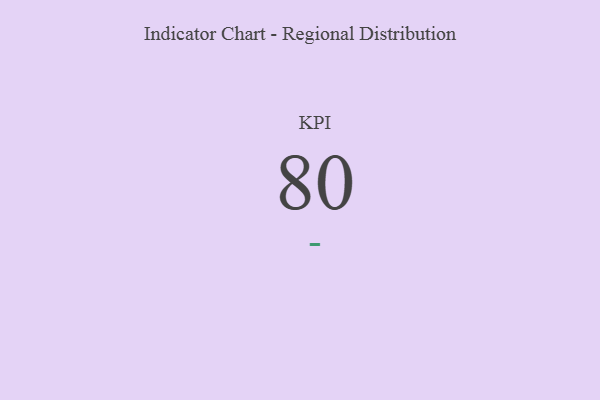
{"axis": {"x": "KPI", "y": "Value"}, "legend": [""], "data": [{"x": "KPI", "y": 80, "type": ""}]}